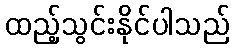
ထည့်သွင်းနိုင်ပါသည်